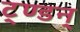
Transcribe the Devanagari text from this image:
ट्ण्डन्